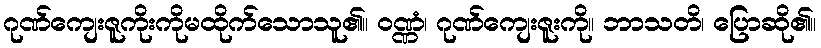
ဂုဏ်ကျေးဇူကိုးကိုမထိုက်သောသူ၏။ ဝဏ္ဏံ၊ ဂုဏ်ကျေးဇူးကို။ ဘာသတိ၊ ပြောဆို၏။